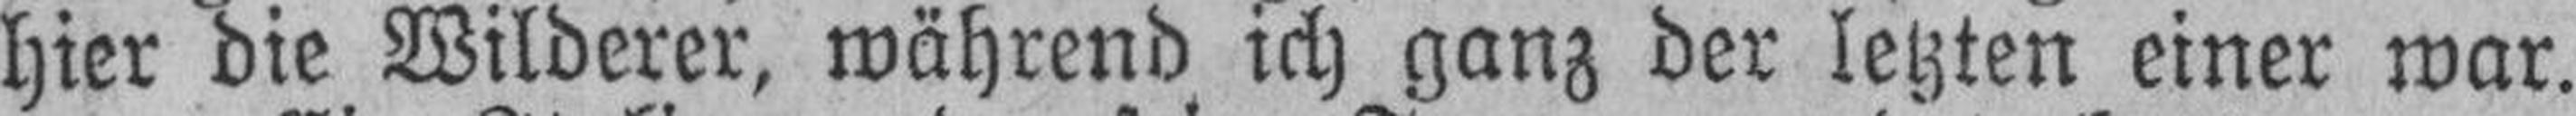
hier die Wilderer, während ich ganz der letzten einer war.